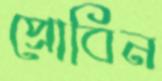
প্রোবিন